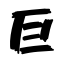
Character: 巨